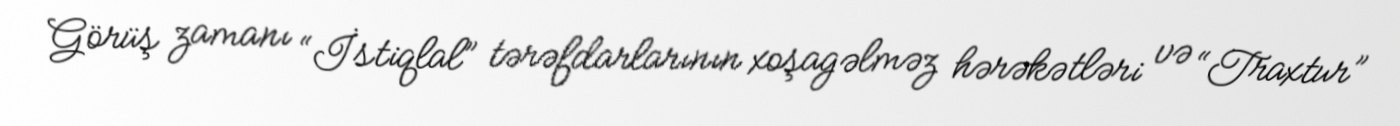
Görüş zamanı “İstiqlal” tərəfdarlarının xoşagəlməz hərəkətləri və “Traxtur”